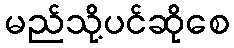
မည်သို့ပင်ဆိုစေ